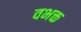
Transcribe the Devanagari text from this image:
वभक्त